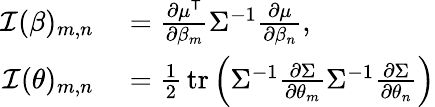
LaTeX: \begin{array}{rl}{{\mathcal{I}}{(\beta)_{m,n}}}&{{}={\frac{\partial\mu^{\textsf{T}}}{\partial\beta_{m}}}\Sigma^{-1}{\frac{\partial\mu}{\partial\beta_{n}}},}\\ {{\mathcal{I}}{(\theta)_{m,n}}}&{{}={\frac{1}{2}}\operatorname{tr}\left(\Sigma^{-1}{\frac{\partial\Sigma}{\partial\theta_{m}}}{\Sigma^{-1}}{\frac{\partial\Sigma}{\partial\theta_{n}}}\right)}\end{array}